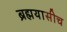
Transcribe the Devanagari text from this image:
ब्रह्मयासीच